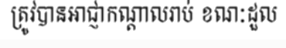
ត្រូវបានអាជ្ញាកណ្តាលរាប់ ខណៈដួល